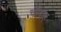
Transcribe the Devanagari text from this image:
चौदाह